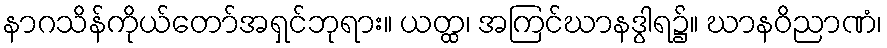
နာဂသိန်ကိုယ်တော်အရှင်ဘုရား။ ယတ္ထ၊ အကြင်ဃာနဒွါရ၌။ ဃာနဝိညာဏံ၊